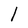
Character: l